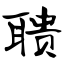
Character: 聩